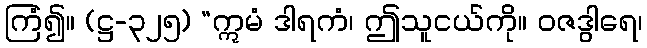
ကြံ၍။ (ဋ္ဌ-၃၂၅) “ဣမံ ဒါရကံ၊ ဤသူငယ်ကို။ ဝဇဒွါရေ၊